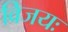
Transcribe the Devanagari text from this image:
विजयः